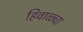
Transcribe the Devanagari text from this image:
हिवाळ्या